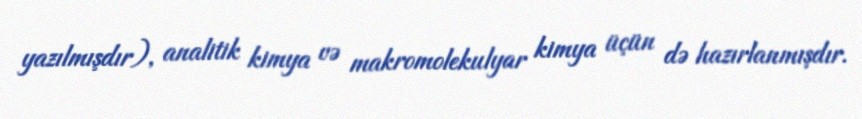
yazılmışdır), analitik kimya və makromolekulyar kimya üçün də hazırlanmışdır.